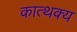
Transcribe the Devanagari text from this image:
कात्थक्य